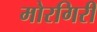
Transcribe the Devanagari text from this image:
मोरगिरी